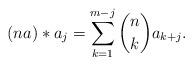
LaTeX: \begin{align*} (na)*a_j=\sum_{k=1}^{m-j}\binom{n}{k}a_{k+j}. \end{align*}